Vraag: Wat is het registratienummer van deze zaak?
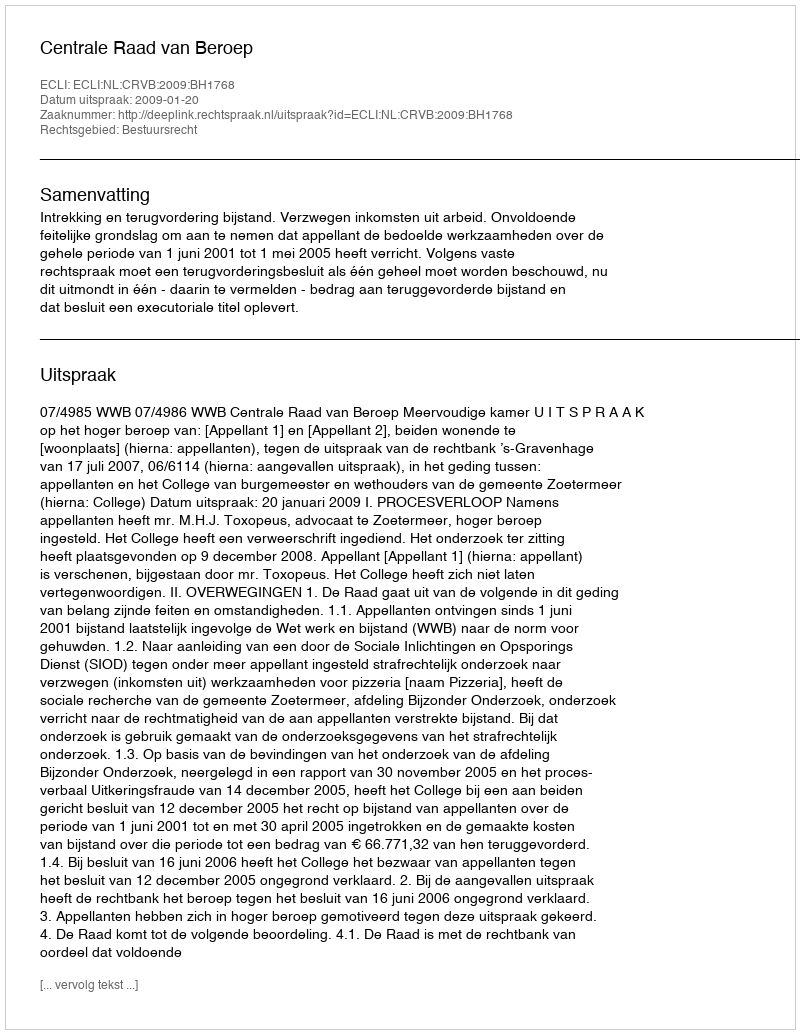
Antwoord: http://deeplink.rechtspraak.nl/uitspraak?id=ECLI:NL:CRVB:2009:BH1768